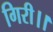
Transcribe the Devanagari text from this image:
गिरी।।